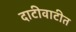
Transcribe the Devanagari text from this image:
दाटीवाटीत